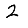
Digit: 2